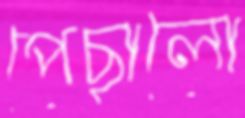
পেছালো